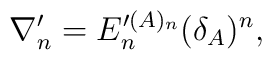
\nabla_n^\prime=E_n^{\prime(A)_n}(\delta_A)^n,